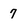
Character: 7